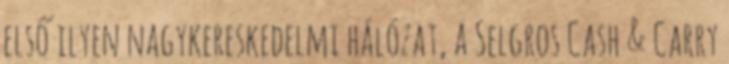
első ilyen nagykereskedelmi hálózat, a Selgros Cash & Carry